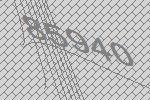
85940